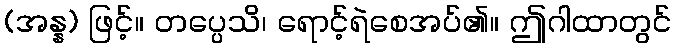
(အန္န) ဖြင့်။ တပ္ပေသိ၊ ရောင့်ရဲစေအပ်၏။ ဤဂါထာတွင်